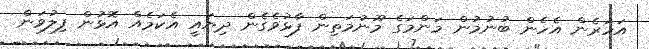
އަހަރެން އެހެން ބުނުމުން މަންމަގެ މޫނުމަތިން ފާޅުވެގެން ދިޔައީ އެކަމެއް އޮޅުން ފިލުވަން